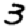
Digit: 3